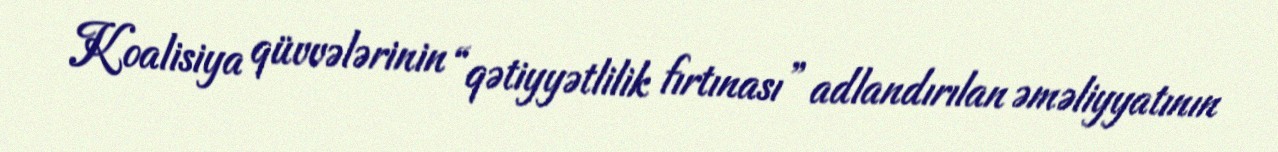
Koalisiya qüvvələrinin “qətiyyətlilik fırtınası” adlandırılan əməliyyatının